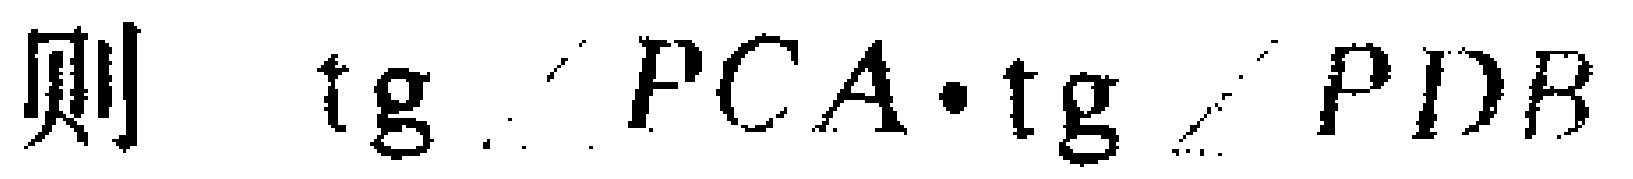
则\(\ \ \mathrm{tg}\angle PCA\cdot\mathrm{tg}\angle PDB\)